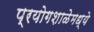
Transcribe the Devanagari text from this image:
प्रयोगशाळेमध्ये